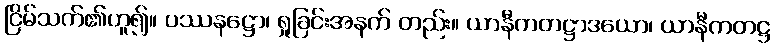
ငြိမ်သက်၏ဟူ၍။ ပဿနဋ္ဌော၊ ရှုခြင်းအနက် တည်း။ ယာနီကတဋ္ဌာဒယော၊ ယာနီကတဋ္ဌ